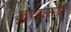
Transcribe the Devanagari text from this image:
नृत्यप्रसंगी